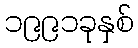
၁၉၉၁ခုနှစ်